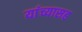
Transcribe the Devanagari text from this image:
यांंच्यासह